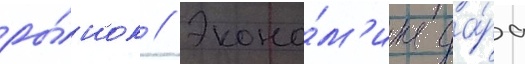
ры́нок // Эконо́м'ика да́ра